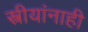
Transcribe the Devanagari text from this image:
स्त्रीयांनाही